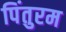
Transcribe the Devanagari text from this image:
पिंतुरम